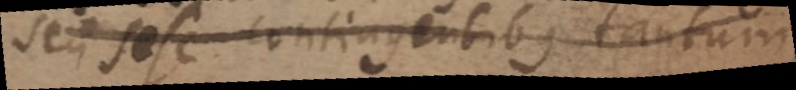
seu sese contigentibus tantum